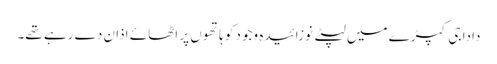
دادا جی کپڑے میں لپٹے نوزائیدہ وجود کو ہاتھوں پر اٹھائے اذان دے رہے تھے۔